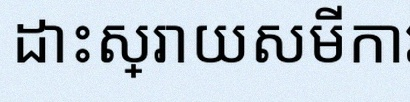
ដោះស្រាយសមីការខាងក្រោម